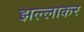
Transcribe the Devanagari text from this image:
झल्लाकर